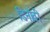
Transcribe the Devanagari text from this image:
डिनोवी